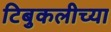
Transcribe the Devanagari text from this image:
टिबुकलीच्‍या